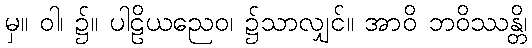
မှ။ ဝါ၊ ၌။ ပါဠိယညေဝ၊ ၌သာလျှင်။ အာဝိ ဘဝိဿန္တိ၊